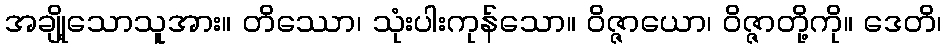
အချို့သောသူအား။ တိဿော၊ သုံးပါးကုန်သော။ ဝိဇ္ဇာယော၊ ဝိဇ္ဇာတို့ကို။ ဒေတိ၊